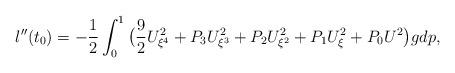
LaTeX: \begin{align*} l''(t_0)&=-\frac{1}{2}\int^1_0\big(\frac{9}{2}U_{\xi^4}^2+P_3U_{\xi^3}^2+P_2U_{\xi^2}^2+P_1U_{\xi}^2+P_0U^2\big)gdp, \end{align*}